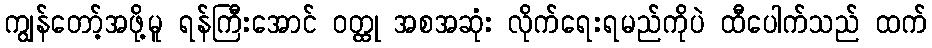
ကျွန်တော့်အဖို့မူ ရန်ကြီးအောင် ဝတ္ထု အစအဆုံး လိုက်ရေးရမည်ကိုပဲ ထီပေါက်သည် ထက်